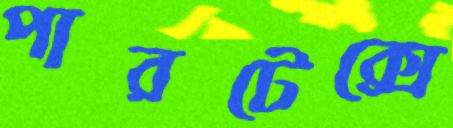
পারটেক্সে